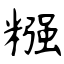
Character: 糨